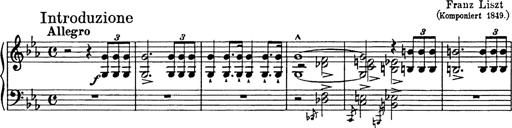
Title: Festmarsch zur SÃ¤cularfeier von Goethes Geburtstag
Composer: Franz Liszt